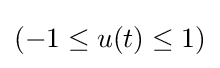
\left(-1\leq u(t)\leq 1\right)